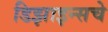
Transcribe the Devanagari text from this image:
डिझाइन्सचे